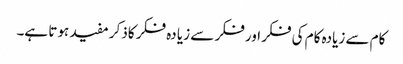
کام سے زیادہ کام کی فکر اور فکر سے زیا دہ فکر کاذکر مفید ہوتا ہے۔